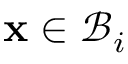
\mathbf { x } \in \mathcal { B } _ { i }